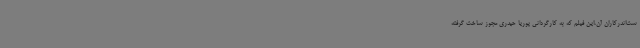
ست‌اندرکاران آن،این فیلم که به کارگردانی پوریا حیدری مجوز ساخت گرفته